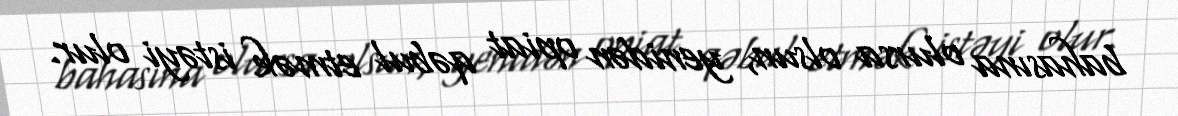
bahasına olursa olsun, yenidən opiat qəbul etmək istəyi olur.